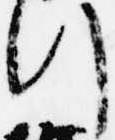
行